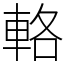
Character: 輅